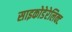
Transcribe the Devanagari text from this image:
साइकोडेरेलिक्ट